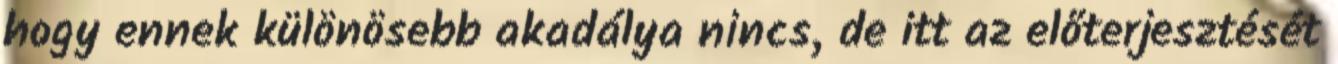
hogy ennek különösebb akadálya nincs, de itt az előterjesztését